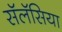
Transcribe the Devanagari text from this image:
सॅलॅसिया